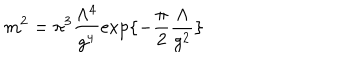
LaTeX: m ^ { 2 } = \pi ^ { 3 } \frac { \Lambda ^ { 4 } } { g ^ { 4 } } \exp \{ - \frac { \pi } { 2 } \frac { \Lambda } { g ^ { 2 } } \}